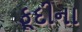
ફૂદીના